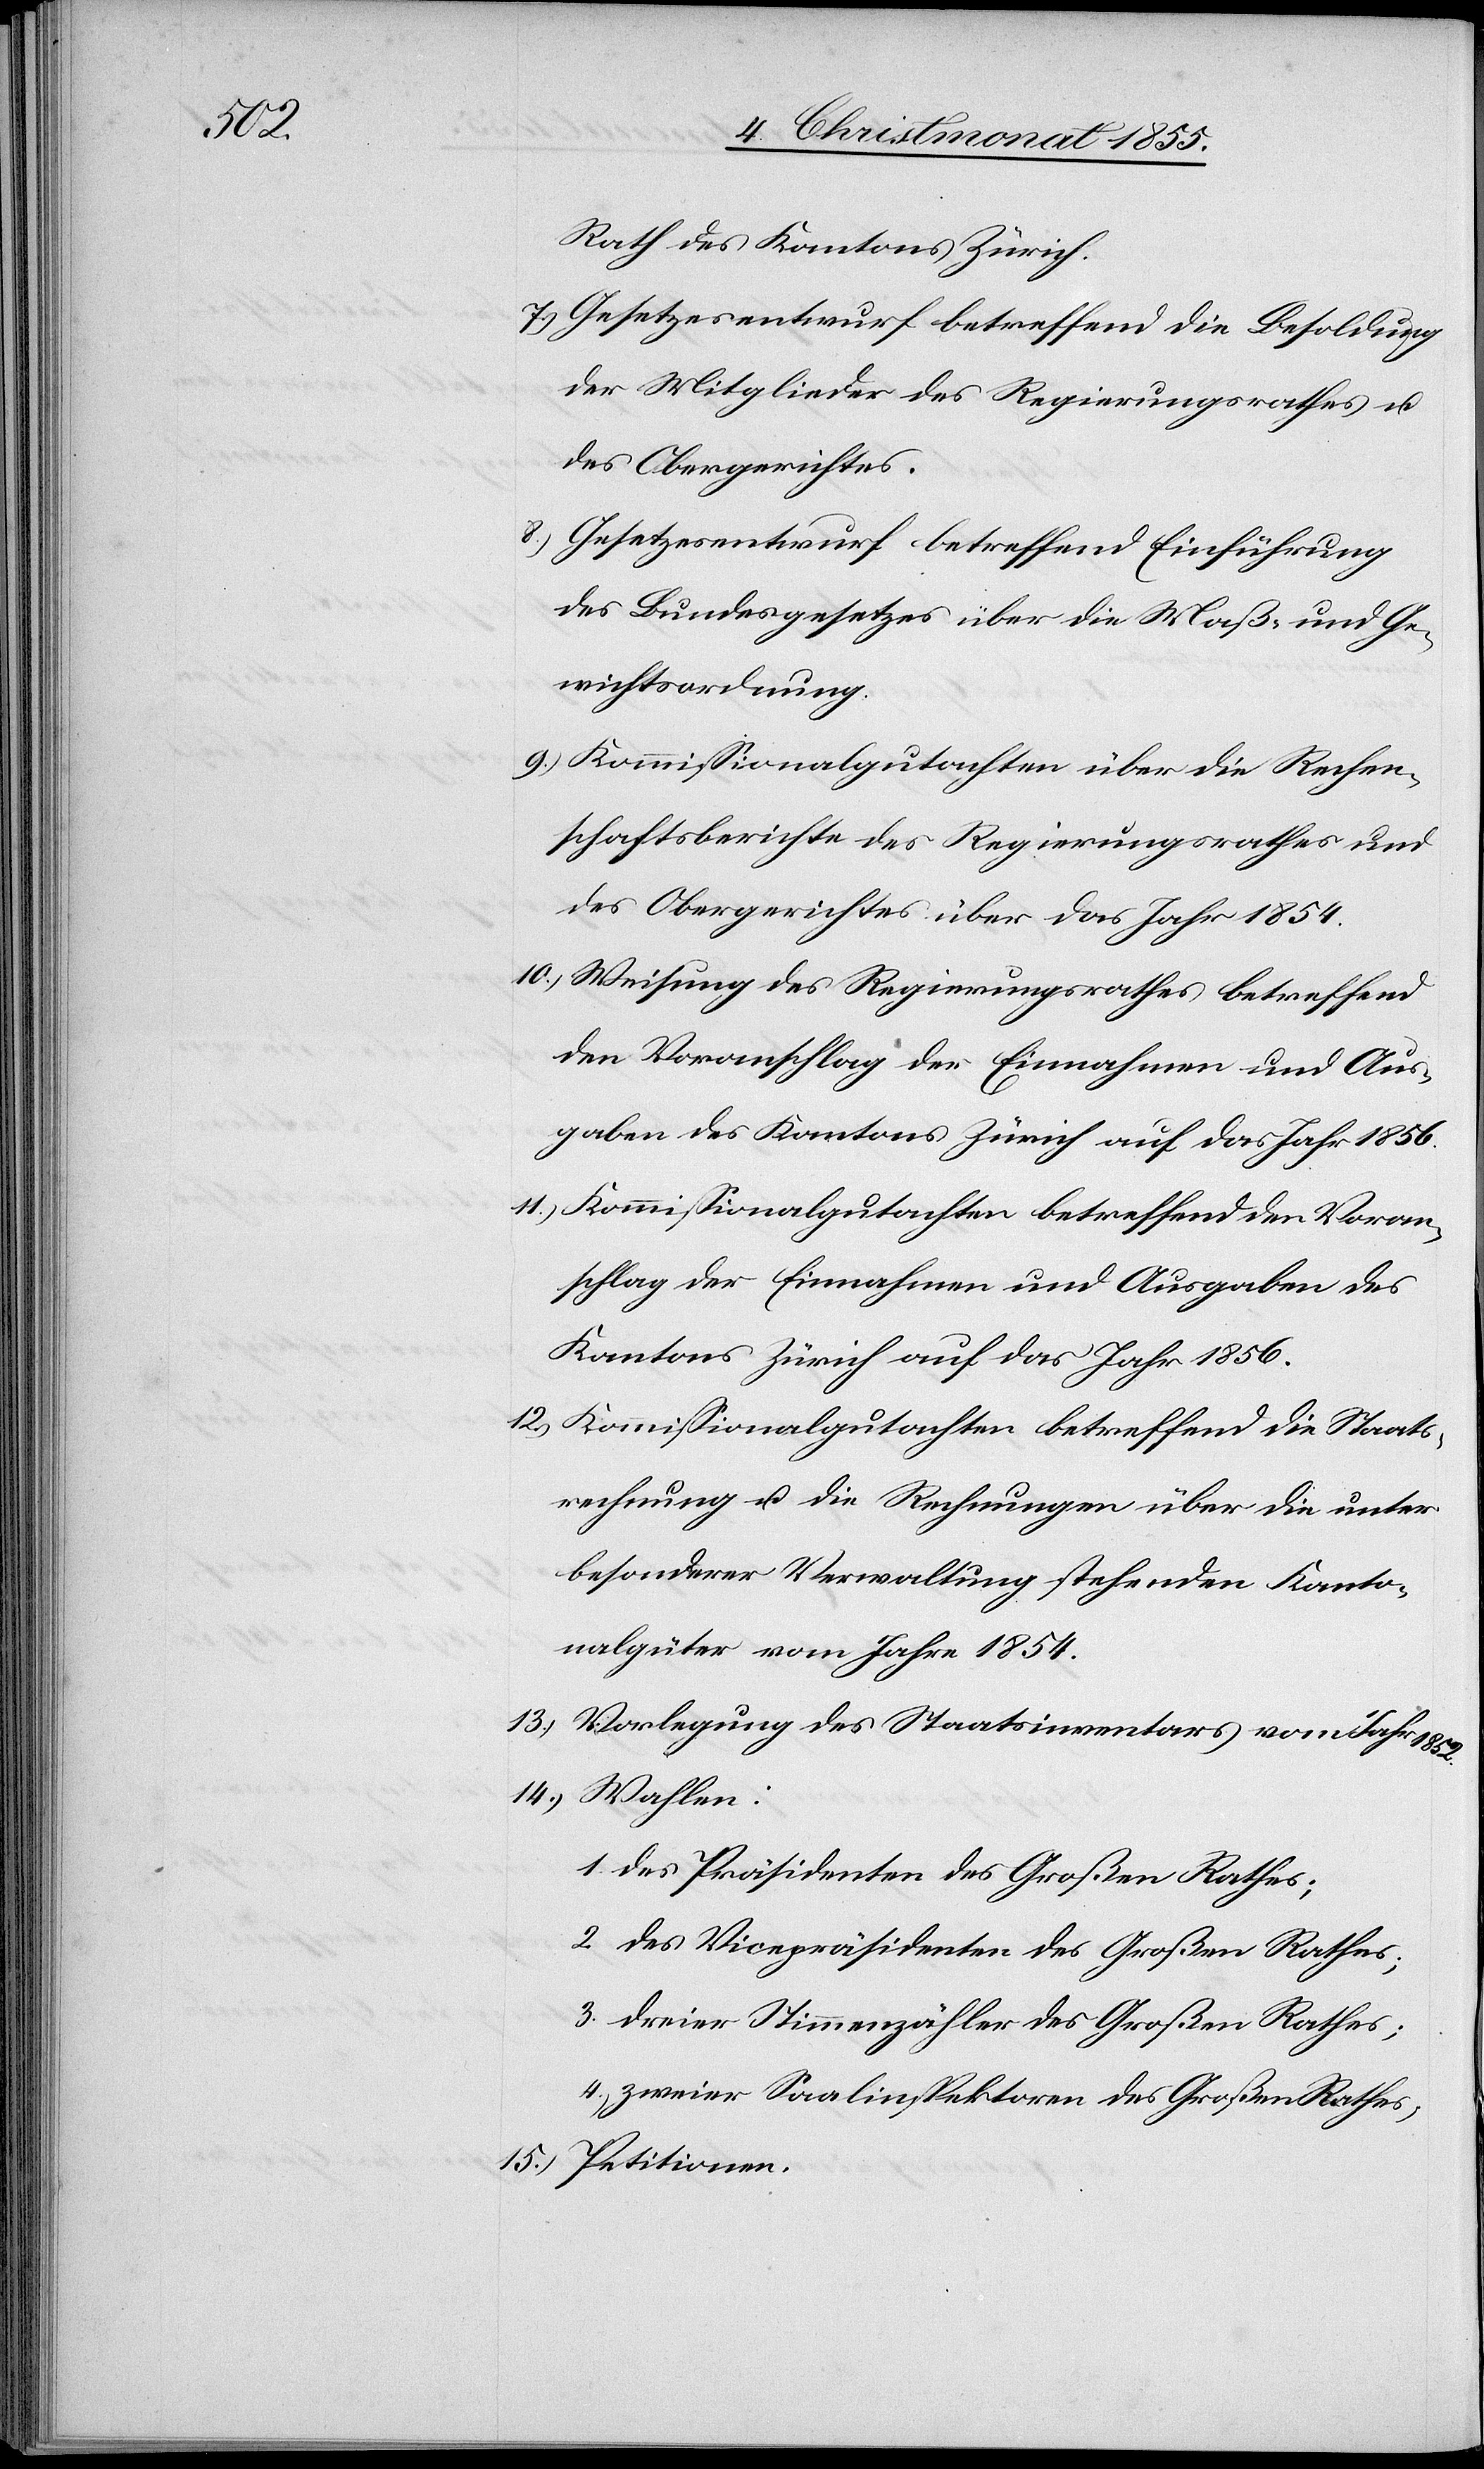
1852.

Rath des Kantons Zürich.
Gesetzesentwurf betreffend die Besoldung
der Mitglieder des Regierungsrathes u.
des Obergerichtes.
Gesetzesentwurf betreffend Einführung
des Bundesgesetzes über die Maß- und Ge¬
wichtsordnung.
Kommissionalgutachten über die Rechen¬
schaftsberichte des Regierungsrathes und
des Obergerichtes über das Jahr 1854.
Weisung des Regierungsrathes betreffend
den Voranschlag der Einnahmen und Aus¬
gaben des Kantons Zürich auf das Jahr 1856.
Kommissionalgutachten betreffend den Voran¬
schlag der Einnahmen und Ausgaben des
Kantons Zürich auf das Jahr 1856.
Kommissionalgutachten betreffend die Staats¬
rechnung u. die Rechnungen über die unter
besonderer Verwaltung stehenden Kanto¬
nalgüter vom Jahre 1854.
Vorlegung des Staatsinventars vom Jahr
Wahlen:
1. des Präsidenten des Großen Rathes;
2. des Vicepräsidenten des Großen Rathes;
3. dreier Stimmenzähler des Großen Rathes;
4.) zweier Saalinspektoren des Großen Rathes;
Petitionen.